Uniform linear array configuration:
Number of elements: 48
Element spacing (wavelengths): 0.25
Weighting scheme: binomial
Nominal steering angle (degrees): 60
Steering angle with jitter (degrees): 61.736
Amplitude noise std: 0.05
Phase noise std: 0.05

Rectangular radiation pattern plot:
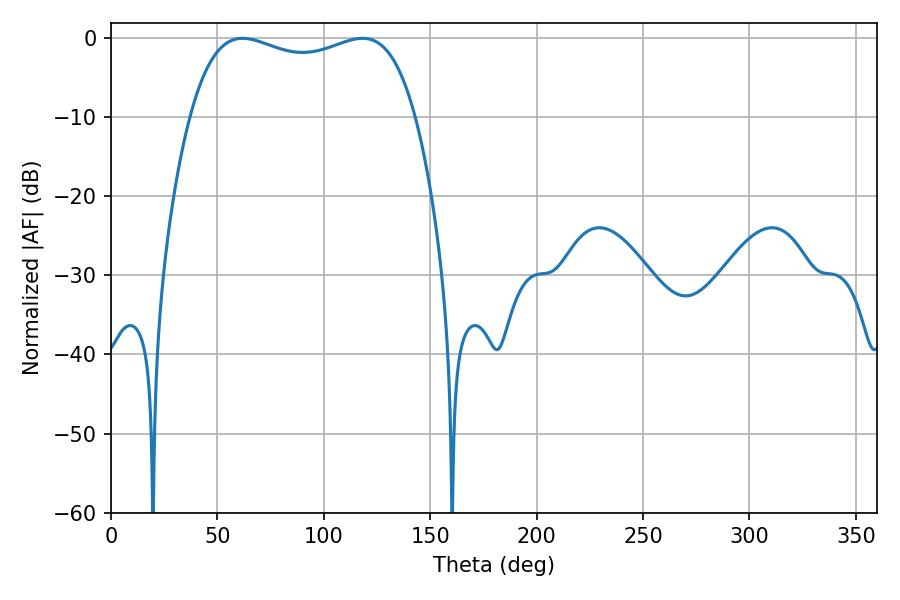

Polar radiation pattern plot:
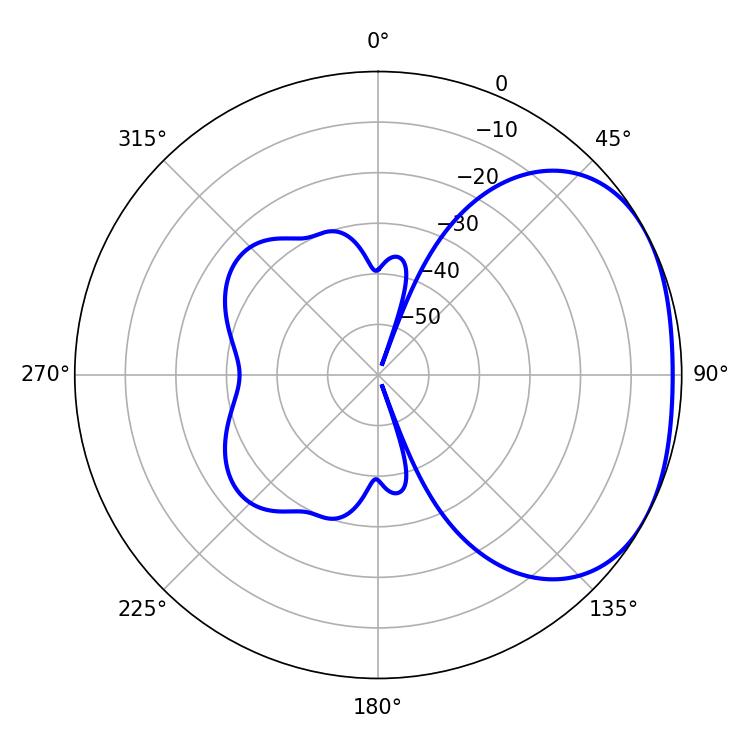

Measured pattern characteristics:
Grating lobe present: FALSE
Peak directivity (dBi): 2.27
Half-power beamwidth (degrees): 86.4
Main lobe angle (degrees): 61.74